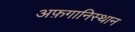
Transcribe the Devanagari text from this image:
अफ़गानिस्थान